Report on the lunatic asylums under the Government of Bombay - 1904-1913
Year: 1904
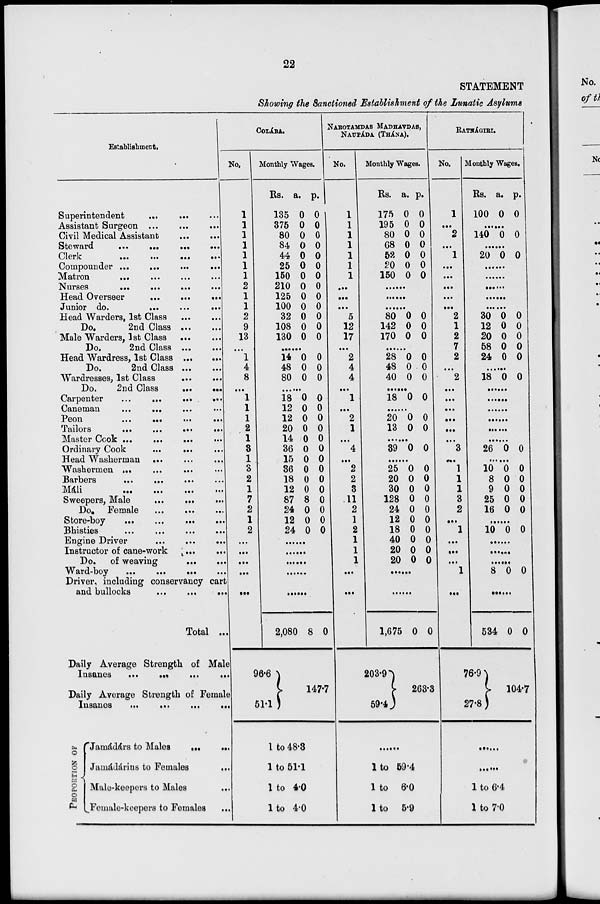
22
STATEMENT
Showing the Sanctioned Establishment of the Lunatic Asylums
Establishment.
Superintendent ... ... ...
Assistant Surgeon ... ... ....
Civil Medical Assistant ... ...
Steward
...
...
...
...
Clerk
...
...
...
...
Compounder ... ... ... ...
Matron
...
...
...
...
Nurses
...
...
...
...
Head Overseer
...
...
...
Junior do.
...
...
...
Head Warders, 1st Class ... ...
Do.
2nd Class ... ...
Male Warders, 1st Class ... ...
Do.
2nd Class ... ...
Head Wardress, 1st Class ... ...
Do.
2nd Class ... ...
Wardresses, 1st Class ... ...
Do.
2nd Class
...
...
Carpenter
...
...
...
...
Caneman
...
...
...
...
Peon ... ... ... ...
Tailors
...
...
...
...
Master Cook ... ... ... ...
Ordinary Cook ... ... ...
Head Washerman ... ... ...
Washermen ... ... ... ...
Barbers
...
...
...
...
Máli
...
...
...
...
Sweepers, Male
...
...
...
Do. Female ... ... ...
Store-boy
...
...
...
...
Bhisties
...
...
...
...
Engine Driver
...
...
...
Instructor of cane-work ... ...
Do. of weaving
...
...
Ward-boy
...
...
...
...
Driver, including conservancy cart
and bullocks
...
...
...
Total ...
Daily Average Strength of Male
Insanes ... ... ... ...
Daily Average Strength of Female
Insanes
...
...
...
...
PROPORTION OF
Jamádárs to Males ... ...
Jamádárins to Females
...
Male-keepers to Males ...
Female-keepers to Females ...
COLÁBA.
No.
1
1
1
1
1
1
1
2
1
1
2
9
13
...
1
4
8
..
1
1
1
2
1
3
1
3
2
1
7
2
1
2
...
...
...
...
...
Monthly Wages.
Rs.
135
375
80
84
44
25
150
210
125
100
32
108
130
a.
0
0
0
0
0
0
0
0
0
0
0
0
0
p.
0
0
0
0
0
0
0
0
0
0
0
0
0
......
14
48
80
0
0
0
0
0
0
......
18
12
12
20
14
36
15
36
18
12
87
24
12
24
0
0
0
0
0
0
0
0
0
0
8
0
0
0
0
0
0
0
0
0
0
0
0
0
0
0
0
0
......
......
......
......
2,080
96.6
51.1
8 0
147.7
1 to 48.3
1 to 51.1
1 to 4.0
1 to 4.0
NAROTAMDAS MADHAVDAS,
NAUPÁDA (THÁNA).
No.
1
1
1
1
1
1
1
...
...
...
5
12
17
...
2
4
4
...
1
...
2
1
...
4
...
2
2
3
11
2
1
2
1
1
1
...
...
Monthly Wages.
Rs.
175
195
80
68
52
20
150
a.
0
0
0
0
0
0
0
p.
0
0
0
0
0
0
0
......
......
......
80
142
170
0
0
0
0
0
0
......
28
48
40
0
0
0
0
0
0
......
18 0 0
......
20
13
0
0
0
0
......
39 0 0
......
25
20
30
128
24
12
18
40
20
20
0
0
0
0
0
0
0
0
0
0
0
0
0
0
0
0
0
0
0
0
......
......
1,675
203.9
59.4
0 0
263.3
......
1 to 59.4
1 to 6.0
1 to 5.9
RATNÁGIRI.
No.
1
...
2
...
1
...
...
...
...
...
2
1
2
7
2
...
2
...
...
...
...
...
...
3
...
1
1
1
3
2
...
1
...
...
...
1
...
Monthly Wages.
Rs.
100
a.
0
p.
0
......
140 0 0
......
20 0 0
......
......
......
......
......
30
12
20
58
24
0
0
0
0
0
0
0
0
0
0
......
18 0 0
......
......
......
......
......
......
26 0 0
......
10
8
9
25
16
0
0
0
0
0
0
0
0
0
0
......
10 0 0
......
......
......
8 0 0
......
534
76.9
27.8
0 0
104.7
......
......
1 to 6.4
1 to 7.0